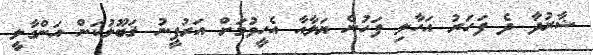
ޝާރުދާ ދެ ފަހަރު އަހާލި ފަހުން ޔަލާއާ އެހީވުމަށް އަރުފީނު ޤަބޫލުކަން އަންގާލީ